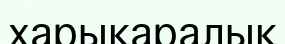
харықаралық